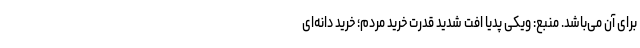
برای آن می‌باشد. منبع: ویکی پدیا افت شدید قدرت خرید مردم؛ خرید دانه‌ای